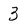
Character: 3